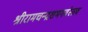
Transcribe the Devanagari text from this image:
श्रीरामचन्द्रशभगवंस्तव